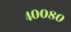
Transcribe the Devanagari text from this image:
४००८०